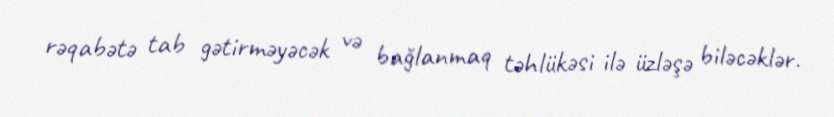
rəqabətə tab gətirməyəcək və bağlanmaq təhlükəsi ilə üzləşə biləcəklər.